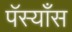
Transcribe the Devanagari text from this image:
पॅस्याँस